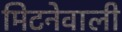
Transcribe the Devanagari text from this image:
मिटनेवाली